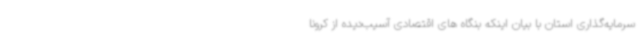
سرمایه‌گذاری استان با بیان اینکه بنگاه های اقتصادی آسیب‌دیده از کرونا